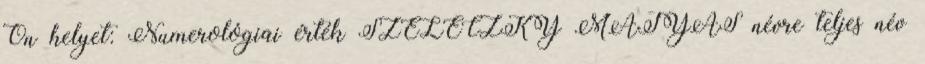
Ön helyet: Numerológiai érték SZELECZKY MÁTYÁS névre teljes név